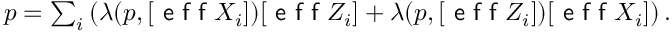
\begin{array} { r } { p = \sum _ { i } \left( \lambda ( p , [ \textsf { e f f } X _ { i } ] ) [ \textsf { e f f } Z _ { i } ] + \lambda ( p , [ \textsf { e f f } Z _ { i } ] ) [ \textsf { e f f } X _ { i } ] \right) . } \end{array}